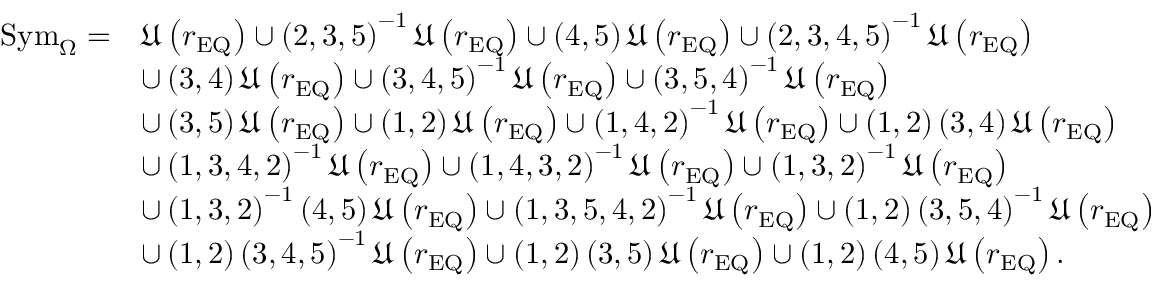
\begin{array} { r l } { \mathrm { S y m } _ { \Omega } = } & { \mathfrak { U } \left( r _ { \mathrm { E Q } } \right) \cup \left( 2 , 3 , 5 \right) ^ { - 1 } \mathfrak { U } \left( r _ { \mathrm { E Q } } \right) \cup \left( 4 , 5 \right) \mathfrak { U } \left( r _ { \mathrm { E Q } } \right) \cup \left( 2 , 3 , 4 , 5 \right) ^ { - 1 } \mathfrak { U } \left( r _ { \mathrm { E Q } } \right) } \\ & { \cup \left( 3 , 4 \right) \mathfrak { U } \left( r _ { \mathrm { E Q } } \right) \cup \left( 3 , 4 , 5 \right) ^ { - 1 } \mathfrak { U } \left( r _ { \mathrm { E Q } } \right) \cup \left( 3 , 5 , 4 \right) ^ { - 1 } \mathfrak { U } \left( r _ { \mathrm { E Q } } \right) } \\ & { \cup \left( 3 , 5 \right) \mathfrak { U } \left( r _ { \mathrm { E Q } } \right) \cup \left( 1 , 2 \right) \mathfrak { U } \left( r _ { \mathrm { E Q } } \right) \cup \left( 1 , 4 , 2 \right) ^ { - 1 } \mathfrak { U } \left( r _ { \mathrm { E Q } } \right) \cup \left( 1 , 2 \right) \left( 3 , 4 \right) \mathfrak { U } \left( r _ { \mathrm { E Q } } \right) } \\ & { \cup \left( 1 , 3 , 4 , 2 \right) ^ { - 1 } \mathfrak { U } \left( r _ { \mathrm { E Q } } \right) \cup \left( 1 , 4 , 3 , 2 \right) ^ { - 1 } \mathfrak { U } \left( r _ { \mathrm { E Q } } \right) \cup \left( 1 , 3 , 2 \right) ^ { - 1 } \mathfrak { U } \left( r _ { \mathrm { E Q } } \right) } \\ & { \cup \left( 1 , 3 , 2 \right) ^ { - 1 } \left( 4 , 5 \right) \mathfrak { U } \left( r _ { \mathrm { E Q } } \right) \cup \left( 1 , 3 , 5 , 4 , 2 \right) ^ { - 1 } \mathfrak { U } \left( r _ { \mathrm { E Q } } \right) \cup \left( 1 , 2 \right) \left( 3 , 5 , 4 \right) ^ { - 1 } \mathfrak { U } \left( r _ { \mathrm { E Q } } \right) } \\ & { \cup \left( 1 , 2 \right) \left( 3 , 4 , 5 \right) ^ { - 1 } \mathfrak { U } \left( r _ { \mathrm { E Q } } \right) \cup \left( 1 , 2 \right) \left( 3 , 5 \right) \mathfrak { U } \left( r _ { \mathrm { E Q } } \right) \cup \left( 1 , 2 \right) \left( 4 , 5 \right) \mathfrak { U } \left( r _ { \mathrm { E Q } } \right) . } \end{array}